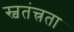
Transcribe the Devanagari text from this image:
स्वतंत्त्रता